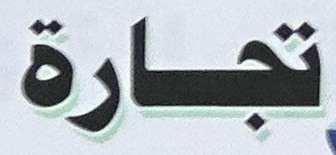
تجارة